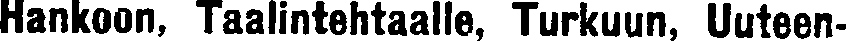
Hankoon, Taalintehtaalle, Turkuun, Uuteen-